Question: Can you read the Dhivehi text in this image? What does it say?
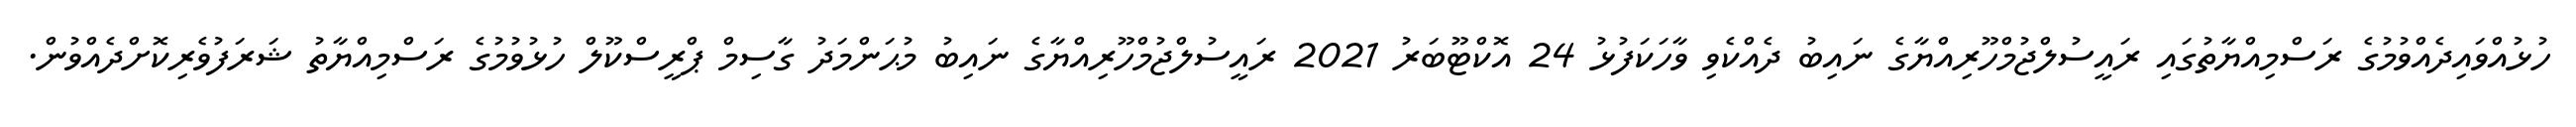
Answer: ހުޅުއްވައިދެއްވުމުގެ ރަސްމިއްޔާތުގައި ރައީސުލްޖުމްހޫރިއްޔާގެ ނައިބު ދެއްކެވި ވާހަކަފުޅު 24 އޮކްޓޫބަރު 2021 ރައީސުލްޖުމްހޫރިއްޔާގެ ނައިބު މުޙަންމަދު ގާސިމް ޕްރީސްކޫލް ހުޅުވުމުގެ ރަސްމިއްޔާތު ޝަރަފުވެރިކޮށްދެއްވުން.